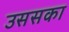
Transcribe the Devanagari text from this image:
उससका